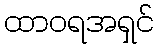
ထာဝရအရှင်